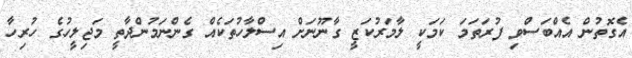
އެގޮތުން އެއްބަސްވި ފުރަތަމަ ކަމަކީ ލާމަރުކަޒީ ގާނޫނަށް އިސްލާހުތަކެއް ގެންނަމުންދާތީ މަޖިލީހުގެ ހުރިހާ